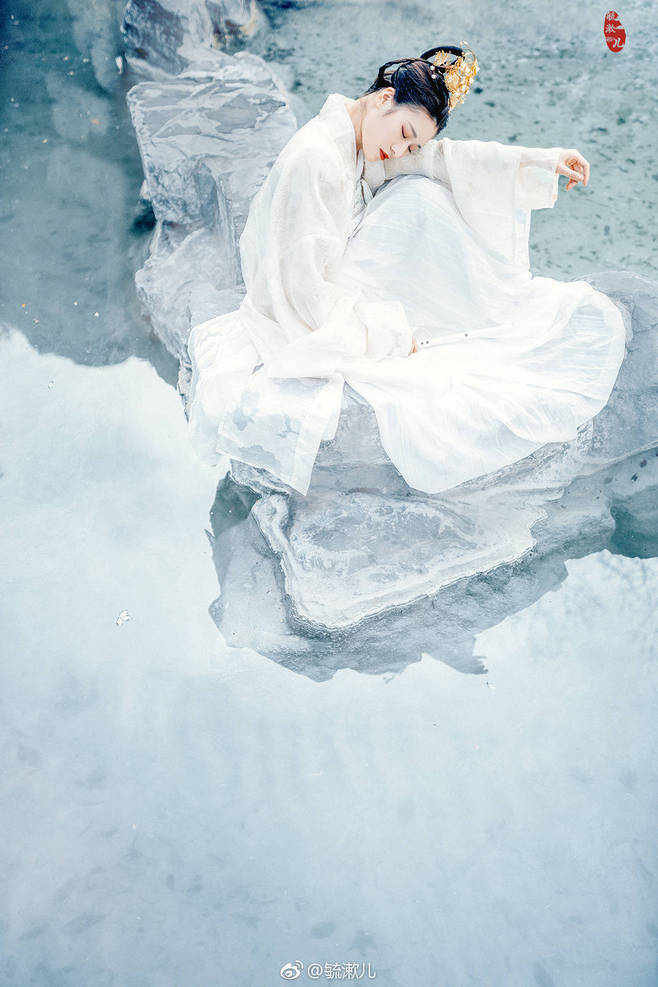
手弄生绡白团扇，扇手一时似玉。